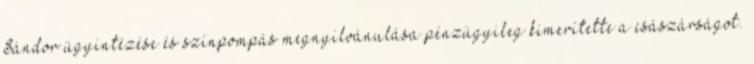
Sándor ügyintézése és színpompás megnyilvánulása pénzügyileg kimerítette a császárságot.